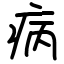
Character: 病